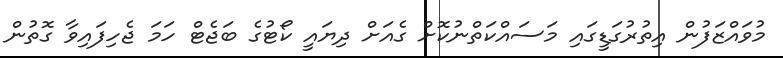
މުވައްޒަފުން އިތުރުގަޑީގައި މަސައްކަތްނުކޮށް ގެއަށް ދިޔައީ ކޯޓުގެ ބަޖެޓް ހަމަ ޖެހިފައިވާ ގޮތުން